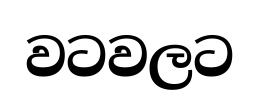
වටවලට